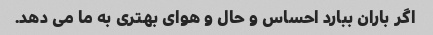
اگر باران ببارد احساس و حال و هوای بهتری به ما می دهد.